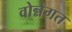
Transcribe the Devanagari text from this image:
वोन्नेगत